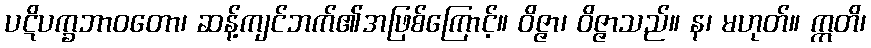
ပဋိပက္ခဘာဝတော၊ ဆန့်ကျင်ဘက်၏အဖြစ်ကြောင့်။ ဝိဇ္ဇာ၊ ဝိဇ္ဇာသည်။ န၊ မဟုတ်။ ဣတိ၊